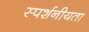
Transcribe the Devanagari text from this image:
स्पर्शनीयता